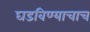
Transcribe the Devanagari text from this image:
घडविण्याचाच